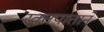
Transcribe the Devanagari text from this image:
रक्तपाताने